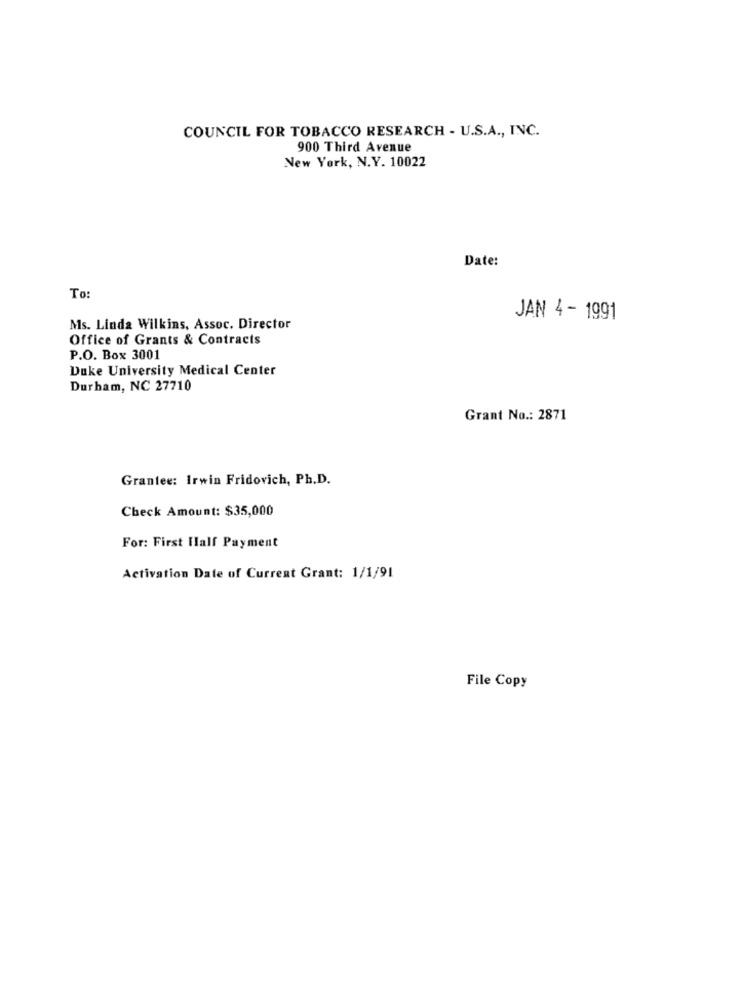
COUNCIL FOR TOBACCO RESEARCH - U.S.A ., INC.
900 Third Avenue
New York, N.Y. 10022
Date:
To:
JAN 4 - 1991
Ms. Linda Wilkins, Assoc. Director
Office of Grants & Contracts
P.O. Box 3001
Duke University Medical Center
Durham, NC 27710
Grant No .: 2871
Grantee: Irwin Fridovich, Ph.D.
Check Amount: $35,000
For: First Ilalf Payment
Activation Date of Current Grant: 1/1/91
File Copy